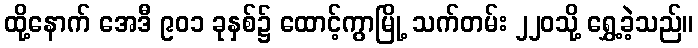
ထို့နောက် အေဒီ ၉၀၁ ခုနှစ်၌ ထောင့်ကွာမြို့ သက်တမ်း ၂၂၀သို့ ရွှေ့ခဲ့သည်။